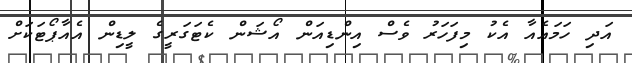
އަދި ހަމައެއާ އެކު މިފަހަރު ވެސް އިންޑިއަން އޯޝަން ކެޓަގަރީގެ ލީޑިން އެއާޕޯޓަކަށް